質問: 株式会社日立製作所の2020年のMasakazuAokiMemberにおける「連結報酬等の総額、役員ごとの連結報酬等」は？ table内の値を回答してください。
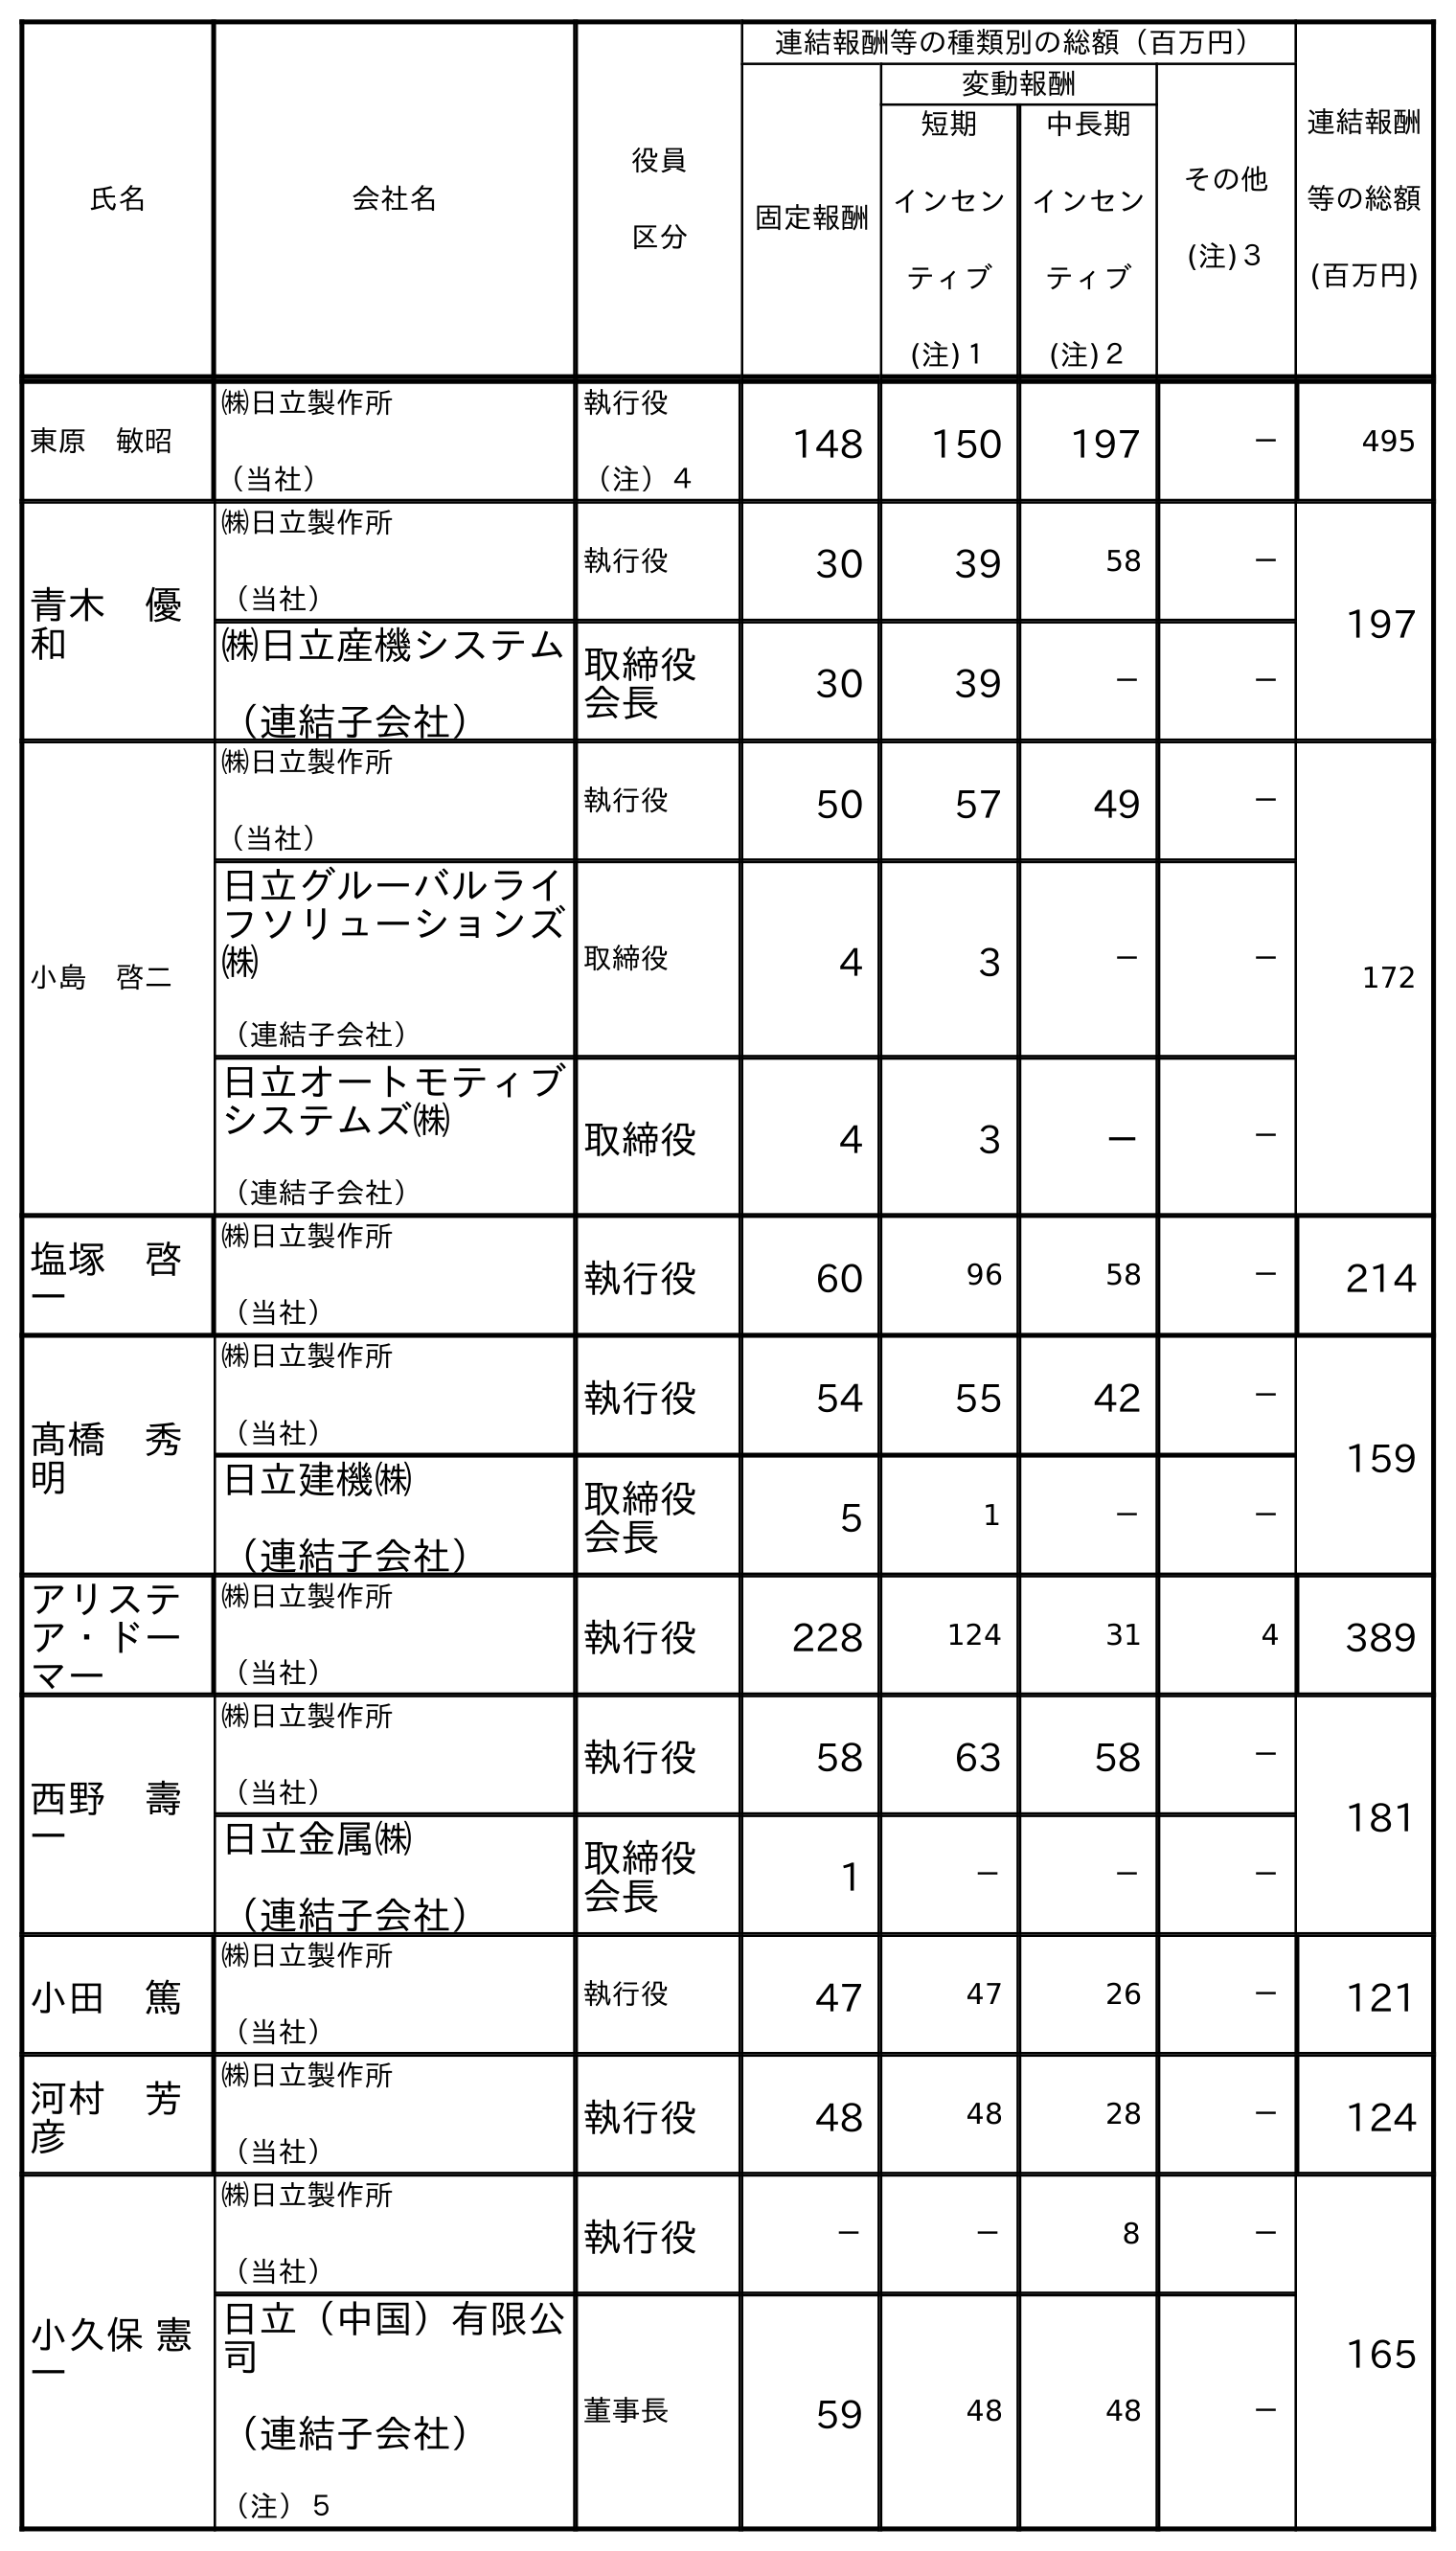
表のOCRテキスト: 氏名 会社名 役員 区分 連結報酬等の種類別の総額（百万円） 連結報酬 等の総額 (百万円) 固定報酬 変動報酬 その他 (注)３ 短期 インセン ティブ (注)１ 中長期 インセン ティブ (注)２ 東原 敏昭 ㈱日立製作所 （当社） 執行役 （注）４ 148 150 197 － 495 青木 優 和 ㈱日立製作所 （当社） 執行役 30 39 58 － 197 ㈱日立産機システム （連結子会社） 取締役 会長 30 39 － － 小島 啓二 ㈱日立製作所 （当社） 執行役 50 57 49 － 172 日立グルーバルライ フソリューションズ ㈱ （連結子会社） 取締役 4 3 － － 日立オートモティブ システムズ㈱ （連結子会社） 取締役 4 3 － － 塩塚 啓 一 ㈱日立製作所 （当社） 執行役 60 96 58 － 214 髙橋 秀 明 ㈱日立製作所 （当社） 執行役 54 55 42 － 159 日立建機㈱ （連結子会社） 取締役 会長 5 1 － － アリステ ア・ドー マー ㈱日立製作所 （当社） 執行役 228 124 31 4 389 西野 壽 一 ㈱日立製作所 （当社） 執行役 58 63 58 － 181 日立金属㈱ （連結子会社） 取締役 会長 1 － － － 小田 篤 ㈱日立製作所 （当社） 執行役 47 47 26 － 121 河村 芳 彦 ㈱日立製作所 （当社） 執行役 48 48 28 － 124 小久保 憲 一 ㈱日立製作所 （当社） 執行役 － － 8 － 165 日立（中国）有限公 司 （連結子会社） （注）５ 董事長 59 48 48 －
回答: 197